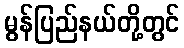
မွန်ပြည်နယ်တို့တွင်